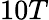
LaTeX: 10T